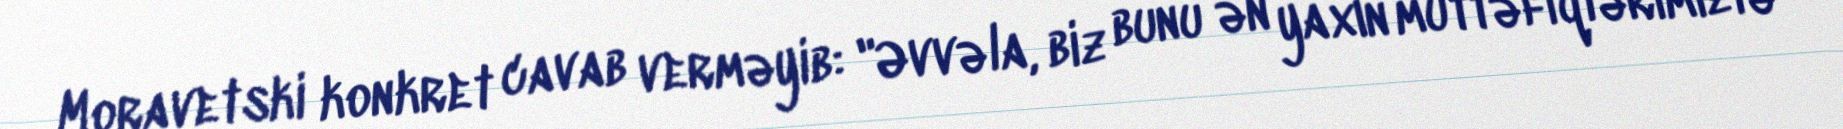
Moravetski konkret cavab verməyib: "Əvvəla, biz bunu ən yaxın müttəfiqlərimizlə